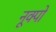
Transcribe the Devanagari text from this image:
नूक्पो